65_HS1-101634279_100-DE-26505
Agency: FBI
Incident date: 11/7/57
Incident location: Germany
Page 9
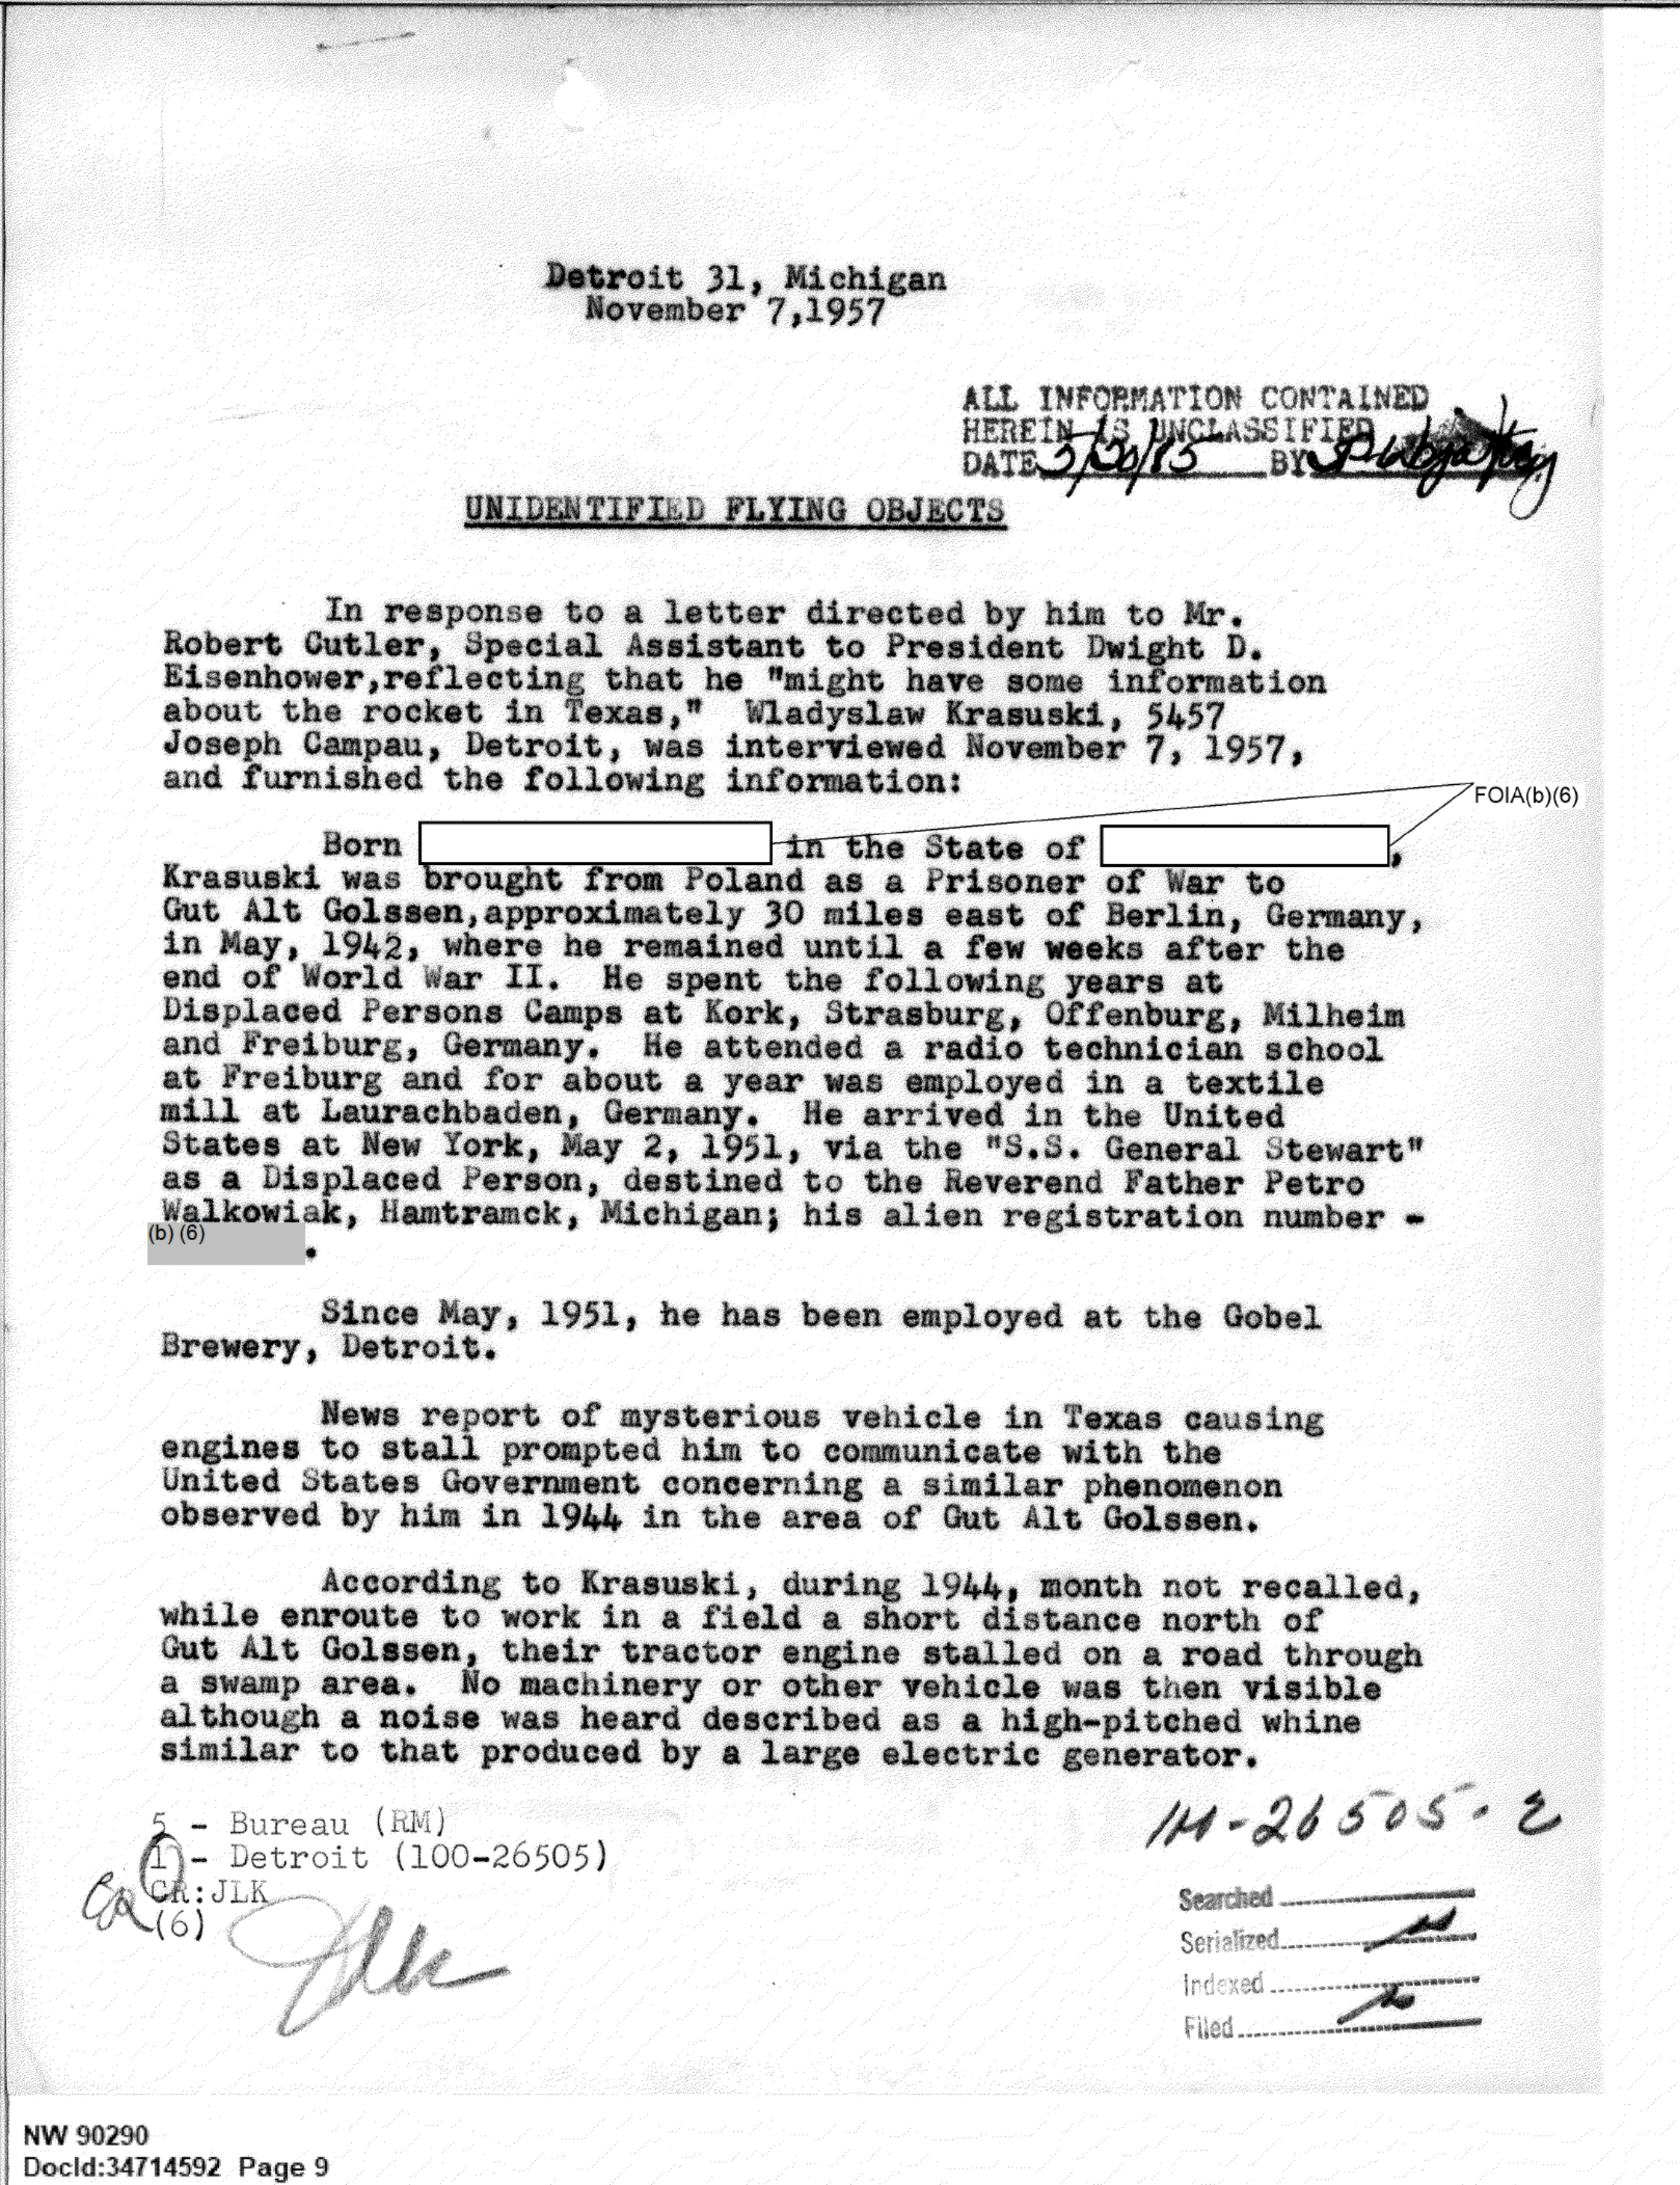